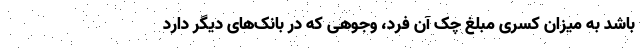
باشد به میزان کسری مبلغ چک آن فرد، وجوهی که در بانک‌های دیگر دارد